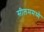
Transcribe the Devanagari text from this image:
सीलममध्ये